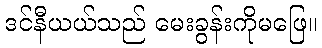
ဒင်နီယယ်သည် မေးခွန်းကိုမဖြေ။